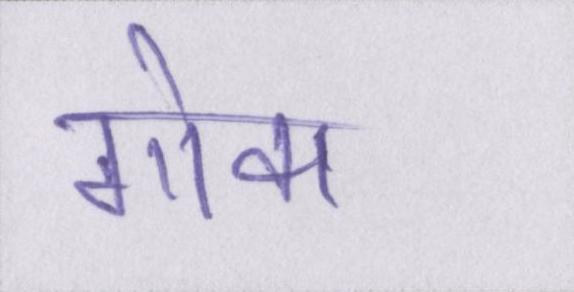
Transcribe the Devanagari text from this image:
गोवा